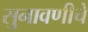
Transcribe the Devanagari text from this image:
सुनावणीचे